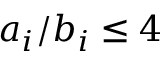
a _ { i } / b _ { i } \leq 4